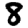
Digit: 8